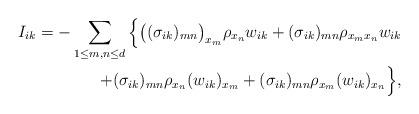
LaTeX: \begin{align*}I_{ik}=-\sum_{1\le m,n\le d}\Big\{\bigl((\sigma_{ik})_{mn}\bigr)_{x_m}\rho_{x_n}w_{ik}+(\sigma_{ik})_{mn}\rho_{x_mx_n}w_{ik}\\+(\sigma_{ik})_{mn}\rho_{x_n}(w_{ik})_{x_m}+(\sigma_{ik})_{mn}\rho_{x_m}(w_{ik})_{x_n}\Big\}, \end{align*}